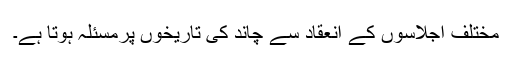
مختلف اجلاسوں کے انعقاد سے چاند کی تاريخوں پرمسئلہ ہوتا ہے۔